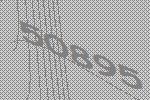
50895